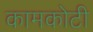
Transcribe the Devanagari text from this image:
कामकोटी